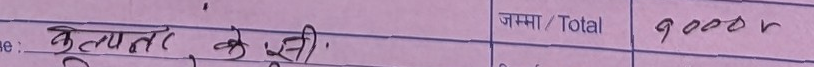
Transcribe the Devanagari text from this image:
कुलपत के सी.